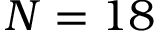
N = 1 8